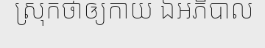
ស្រុកថាឲ្យកាយ ឯអភិបាល